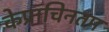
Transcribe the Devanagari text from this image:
केप्राचिनतम